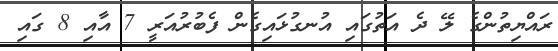
ރައްޔިތުންގެ ލޭ ދެ އަތުގައި އުނގުޅައިގެން ފެބުރުއަރީ 7 އާއި 8 ގައި